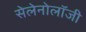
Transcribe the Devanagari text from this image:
सेलेनोलॉजी